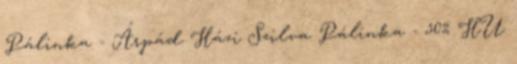
Pálinka - Árpád Házi Szilva Pálinka - 50% HU